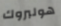
هولبروك